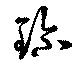
珎